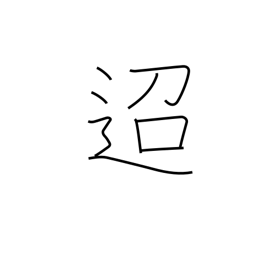
Meaning: distant